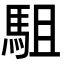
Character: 駔